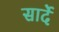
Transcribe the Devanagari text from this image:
सार्दे